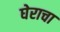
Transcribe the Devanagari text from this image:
घेराचा